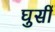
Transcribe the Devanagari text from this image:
घुसीं